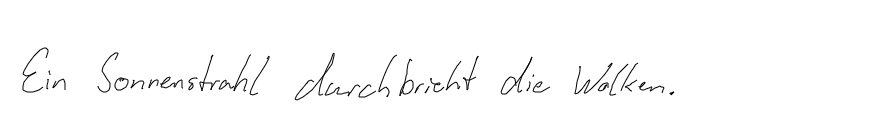
Ein Sonnenstrahl durchbricht die Wolken.